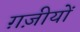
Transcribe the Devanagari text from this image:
ग़ज़ीयों